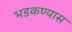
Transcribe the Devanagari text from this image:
भडकण्यास